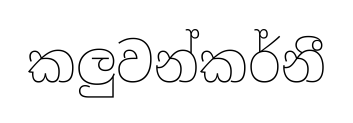
කලුවන්කර්නී